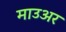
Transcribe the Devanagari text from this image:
माउअर